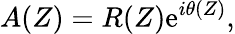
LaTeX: A(Z)=R(Z)\mathrm{e}^{i\theta(Z)},